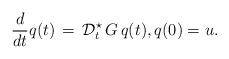
LaTeX: \begin{align*}\frac{d}{dt} q(t) \, = \, \mathcal{D}_t^\star \, G \, q(t), q(0) = u.\end{align*}